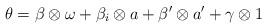
LaTeX: \begin{align*}\theta=\beta\otimes \omega+\beta_i\otimes a+\beta'\otimes a'+\gamma\otimes 1\end{align*}